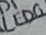
Text: LED0